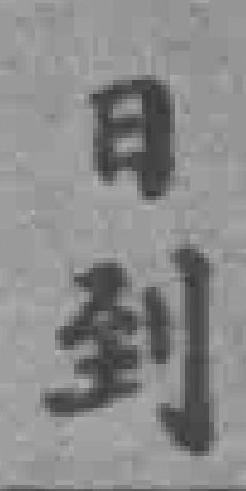
日到